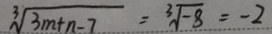
\sqrt [ 3 ] { 3 m + n - 7 } = \sqrt [ 3 ] { - 8 } = - 2